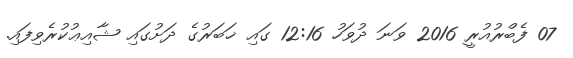
07 ފެބްރުއުރީ 2016 ވަނަ ދުވަހު 12:16 ގައި ޚަބަރުގެ ދަށުގައި ޝާއިޢުކުރެވިފައި.